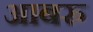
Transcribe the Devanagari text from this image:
आबरु